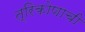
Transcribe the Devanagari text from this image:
त्रिकोणाची